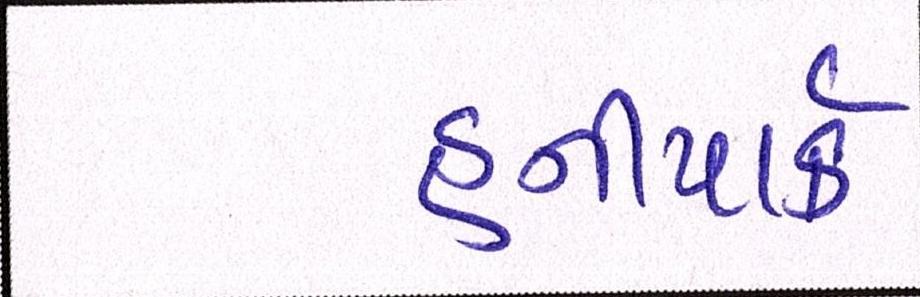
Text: હનીપાર્ક